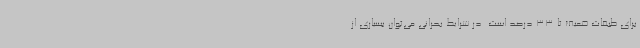
برای طبقات ضعیف تا 33 درصد است. در شرایط بحرانی می‌توان بسیاری از